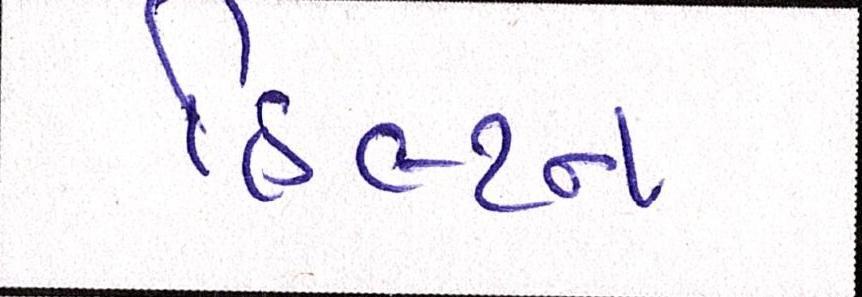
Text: હિલ્ટન